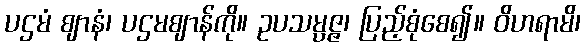
ပဌမံ ဈာနံ၊ ပဌမဈာန်ကို။ ဥပသမ္ပဇ္ဇ၊ ပြည့်စုံစေ၍။ ဝိဟရာမိ၊